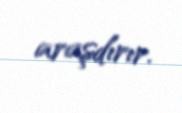
araşdırır.